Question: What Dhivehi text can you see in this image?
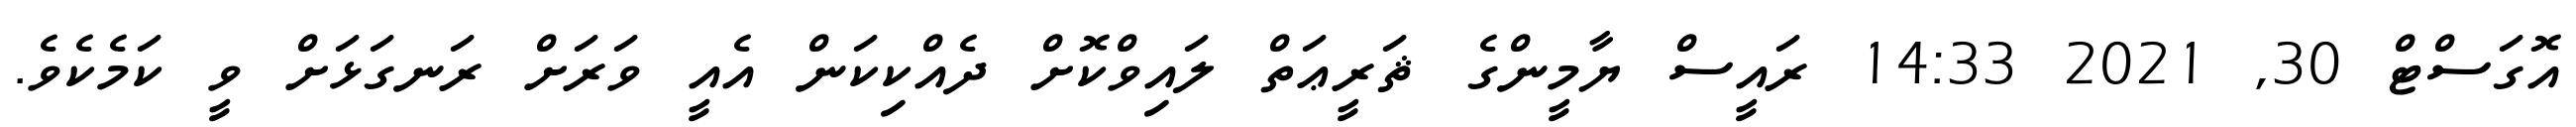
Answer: އޮގަސްޓް 30, 2021 14:33 ރައީސް ޔާމީންގެ ޘަރީޢަތް ލައިވްކޮށް ދެއްކިކަން އެއީ ވަރަށް ރަނގަޅަށް ވީ ކަމެކެވެ.